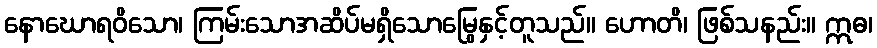
နောဃောရဝိသော၊ ကြမ်းသောအဆိပ်မရှိသောမြွေနှင့်တူသည်။ ဟောတိ၊ ဖြစ်သနည်း။ ဣဓ၊